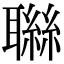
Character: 䏈